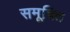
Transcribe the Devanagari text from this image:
समूचित